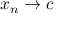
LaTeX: x _ { n } \to c